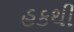
હકથી